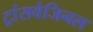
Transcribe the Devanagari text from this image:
ट्रांसवेजिनल